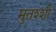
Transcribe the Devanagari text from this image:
मुतश्शी